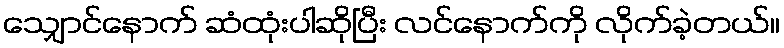
သျှောင်နောက် ဆံထုံးပါဆိုပြီး လင်နောက်ကို လိုက်ခဲ့တယ်။